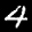
Label: 4